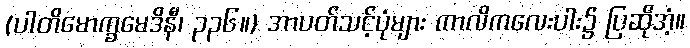
(ပါတိမောက္ခမေဒိနီ၊ ၃၃၆။) အာပတ်သင့်ပုံများ ကာလိကလေးပါး၌ ပြဆိုအံ့။